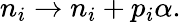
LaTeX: n_{i}\rightarrow n_{i}+p_{i}\alpha.